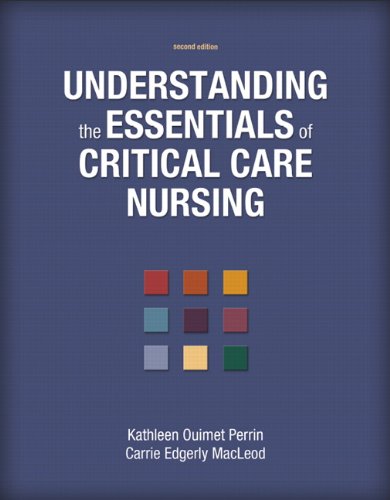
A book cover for Understanding the Essentials of Critical Care Nursing (2nd Edition); Kathleen Ouimet Perrin; Medical Books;